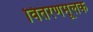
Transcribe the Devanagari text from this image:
वितरणमूलक